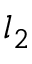
l _ { 2 }